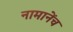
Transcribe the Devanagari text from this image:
नामानेंच